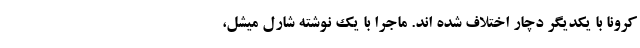
کرونا با یکدیگر دچار اختلاف شده اند. ماجرا با یک نوشته شارل میشل،